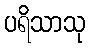
ပရိသာသု